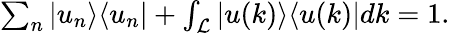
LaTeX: \begin{array}{r}{\sum_{n}|u_{n}\rangle\langle u_{n}|+\int_{\cal L}|u(k)\rangle\langle u(k)|dk=1.}\end{array}